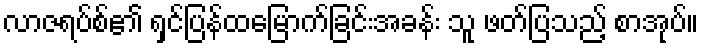
လာဇရပ်စ်၏ ရှင်ပြန်ထမြောက်ခြင်းအခန်း သူ ဖတ်ပြသည့် စာအုပ်။